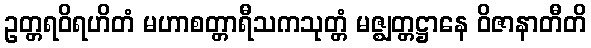
ဥတ္တရဝိရဟိတံ မဟာစတ္တာရီသကသုတ္တံ မဇ္ဈတ္တဋ္ဌာနေ ဝိဇာနာတီတိ